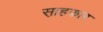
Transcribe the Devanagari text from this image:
स़ाहकार